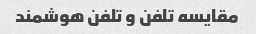
مقایسه تلفن و تلفن هوشمند